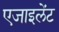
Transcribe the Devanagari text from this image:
एजाइलेंट